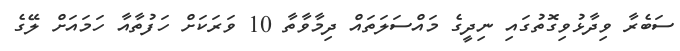
ސަބެރާ ވިދާޅުވިގޮތުގައި ނިދީގެ މައްސަލަތައް ދިމާވާތާ 10 ވަރަކަށް ހަފުތާއާ ހަމައަށް ލޭގެ